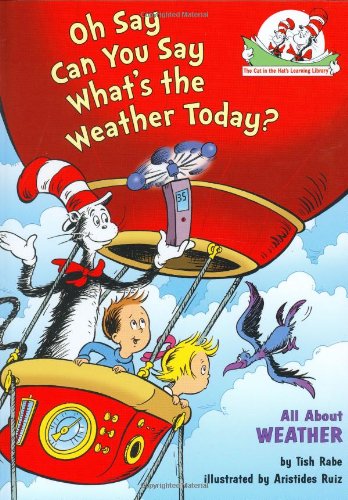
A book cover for Oh Say Can You Say What's the Weather Today?: All About Weather (Cat in the Hat's Learning Library); Tish Rabe; Science & Math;